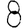
Digit: 8